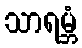
သာရမ္ဘံ